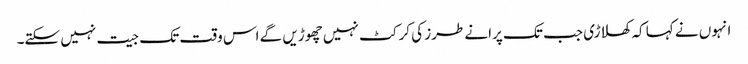
انہوں نے کہا کہ کھلاڑی جب تک پرانے طرز کی کرکٹ نہیں چھوڑیں گے اس وقت تک جیت نہیں سکتے۔